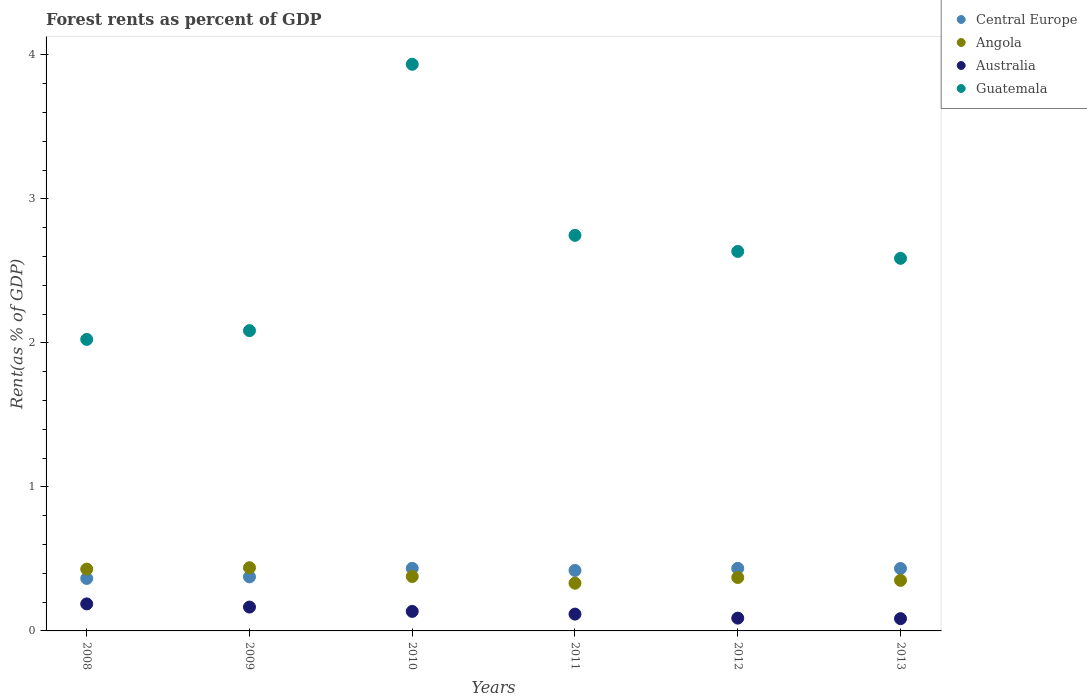
| Years | Central Europe | Angola | Australia | Guatemala |
 | --- | --- | --- | --- | --- |
 | 2008 | 0.364 | 0.429 | 0.188 | 2.02 |
 | 2009 | 0.375 | 0.439 | 0.166 | 2.09 |
 | 2010 | 0.434 | 0.378 | 0.135 | 3.94 |
 | 2011 | 0.42 | 0.331 | 0.117 | 2.75 |
 | 2012 | 0.434 | 0.371 | 0.0888 | 2.64 |
 | 2013 | 0.434 | 0.351 | 0.0852 | 2.59 |